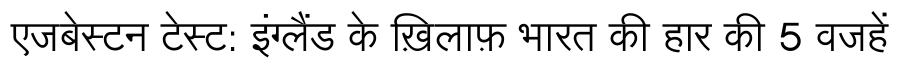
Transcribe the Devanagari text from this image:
एजबेस्टन टेस्ट: इंग्लैंड के ख़िलाफ़ भारत की हार की 5 वजहें